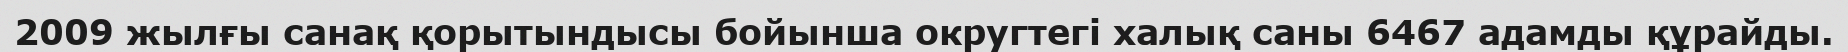
2009 жылғы санақ қорытындысы бойынша округтегі халық саны 6467 адамды құрайды.